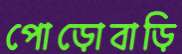
পোড়োবাড়ি